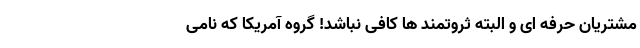
مشتریان حرفه ای و البته ثروتمند ها کافی نباشد! گروه آمریکا که نامی